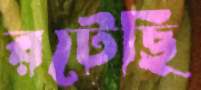
রটেছি